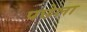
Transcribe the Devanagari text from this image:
पछेला